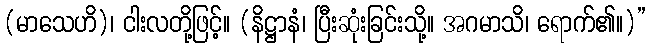
(မာသေဟိ)၊ ငါးလတို့ဖြင့်။ (နိဋ္ဌာနံ၊ ပြီးဆုံးခြင်းသို့။ အဂမာသိ၊ ရောက်၏။)”